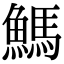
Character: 鰢